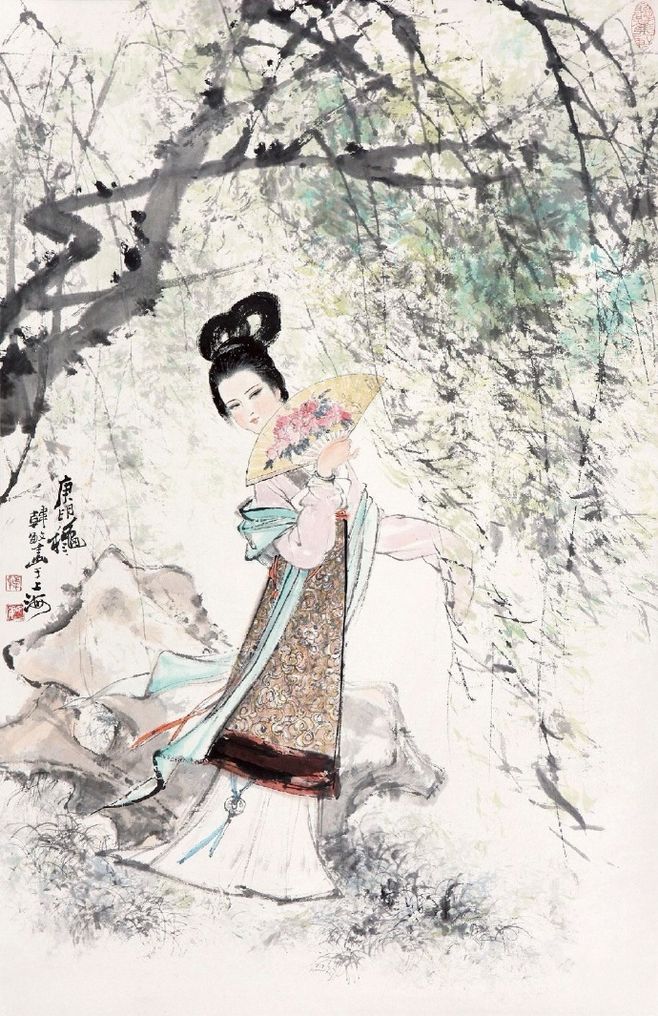
柳庭风静人眠昼，昼眠人静风庭柳。